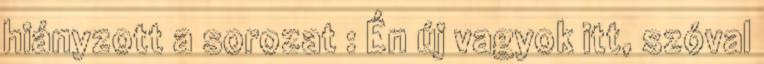
hiányzott a sorozat : Én új vagyok itt, szóval